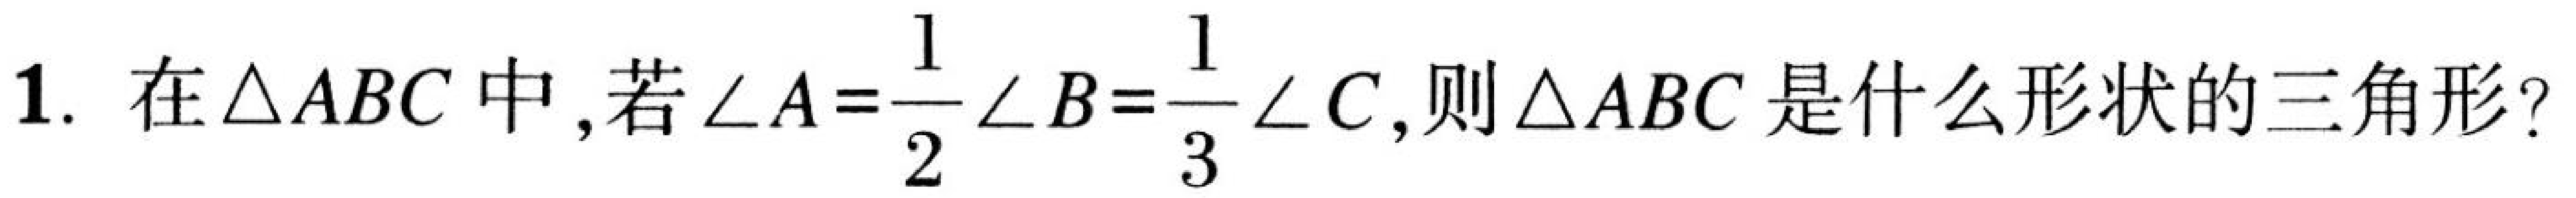
1. 在$\triangle ABC$中,若$\angle A=\dfrac{1}{2}\angle B=\dfrac{1}{3}\angle C$,则$\triangle ABC$是什么形状的三角形?